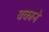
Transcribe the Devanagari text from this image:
बकाने